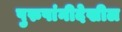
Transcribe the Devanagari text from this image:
पुरुषांनीदेखील